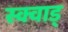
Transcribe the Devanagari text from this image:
स्क्वाड्